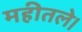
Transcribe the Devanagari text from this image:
महीतले।